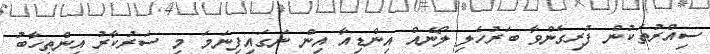
ސިއްރުތަކުން ފުރިގެންވާ ބަރުހެލި ލޯނެއް އިންޑިއާ އިން ނަގައިފިނަމަ މި ސަރުކާރު އިންތިހާބު